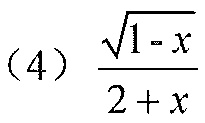
(4) \(\frac{\sqrt{1 - x}}{2 + x}\)